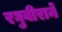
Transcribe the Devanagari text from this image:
रघुवीराने